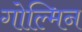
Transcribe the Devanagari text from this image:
गोल्मिन